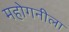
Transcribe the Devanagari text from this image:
महोगनीला